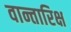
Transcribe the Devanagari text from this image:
वान्तारिक्ष